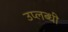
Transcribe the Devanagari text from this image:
उप्लब्धी